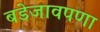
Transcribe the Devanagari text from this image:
बडेजावपणा